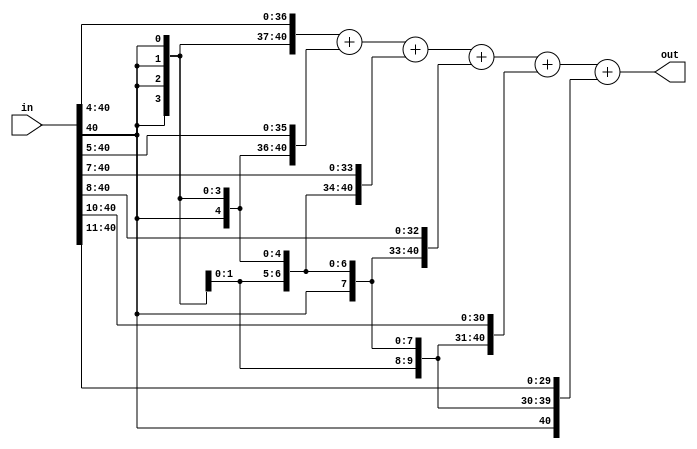
module c1_512(in,out);
input[40:0]in;
output[40:0]out;

wire[40:0]in_1;
wire[40:0]in_2;
wire[40:0]in_3;
wire[40:0]in_4;
wire[40:0]in_5;
wire[40:0]in_6;

assign in_1[40:0]={{4{in[40]}},in[40:4]};//>>4
assign in_2[40:0]={{5{in[40]}},in[40:5]};//>>5
assign in_3[40:0]={{7{in[40]}},in[40:7]};//>>7
assign in_4[40:0]={{8{in[40]}},in[40:8]};//>>8
assign in_5[40:0]={{10{in[40]}},in[40:10]};//>>10
assign in_6[40:0]={{11{in[40]}},in[40:11]};//>>11

assign  out[40:0]=in_1[40:0]+in_2[40:0]+in_3[40:0]+in_4[40:0]+in_5[40:0]+in_6[40:0];

endmodule